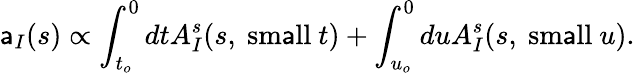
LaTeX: \mathsf{a}_{I}(s)\propto\int_{t_{o}}^{0}dtA_{I}^{s}(s,\ \mathrm{{sm\mathsf{a}ll}}\ t)+\int_{u_{o}}^{0}duA_{I}^{s}(s,\ \mathrm{{sm\mathsf{a}ll}}\ u).